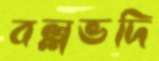
বল্লভদি